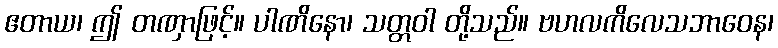
ဧတာယ၊ ဤ တဏှာဖြင့်။ ပါဏိနော၊ သတ္တဝါ တို့သည်။ ဗဟလကိလေသဘာဝေန၊